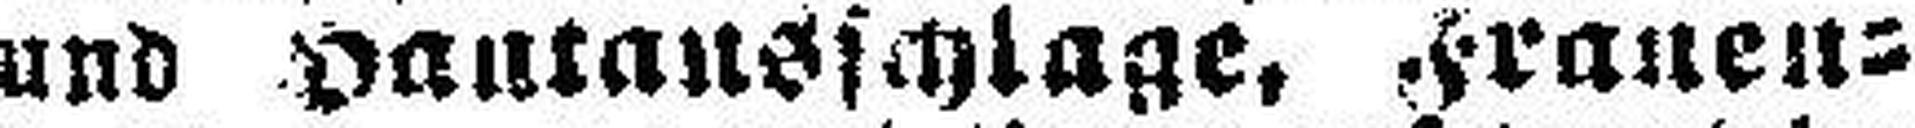
und Hautausschlage, Frauen¬